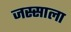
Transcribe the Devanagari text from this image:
जस्साला